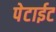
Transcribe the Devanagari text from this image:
पेटाईट